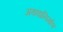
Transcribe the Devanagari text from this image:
अथवानिर्माण